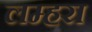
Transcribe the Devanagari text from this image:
लम्हरा